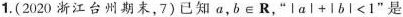
1.(2020江台州期末，7)已知a，$$b\in R$$，”$$lal+lbl<1$$”是